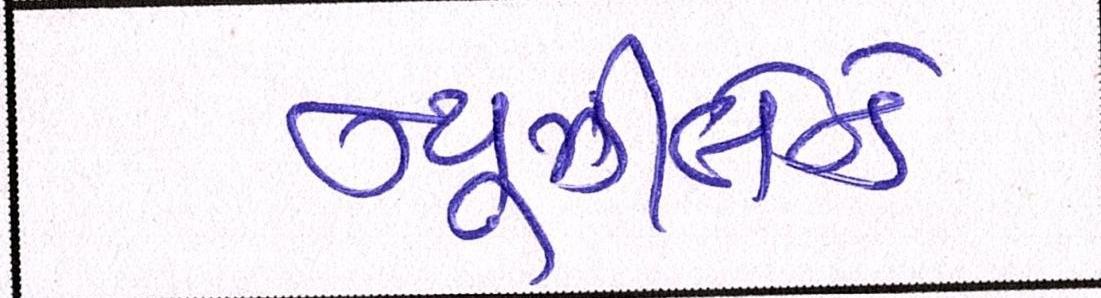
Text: ન્યૂઝીલેન્ડે